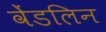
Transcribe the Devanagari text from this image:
वेंडलिन